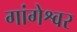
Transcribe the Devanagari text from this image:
गांगेश्वर